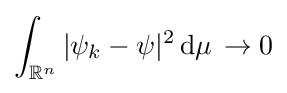
\int _{\mathbb {R} ^{n}}|\psi _{k}-\psi |^{2}\,{\rm {d}}\mu \,\to 0